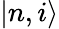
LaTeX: |n,i\rangle